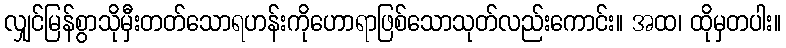
လျှင်မြန်စွာသိုမှီးတတ်သောရဟန်းကိုဟောရာဖြစ်သောသုတ်လည်းကောင်း။ အထ၊ ထိုမှတပါး။